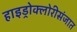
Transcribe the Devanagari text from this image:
हाइड्रोक्लोरीसंजात